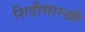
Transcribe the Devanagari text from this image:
शिडीसारखी